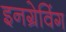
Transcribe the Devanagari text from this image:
इनग्रेविंग